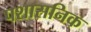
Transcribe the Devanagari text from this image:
पशासनिक